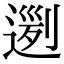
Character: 𨔭